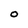
Character: O